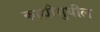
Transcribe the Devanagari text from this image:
काह्यीसुधील